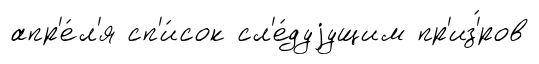
апр'е́л'я сп'и́сок сл'е́дуjущим пр'из'́ров